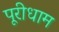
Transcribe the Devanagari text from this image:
पूरीधाम